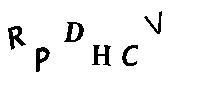
RPDHCV